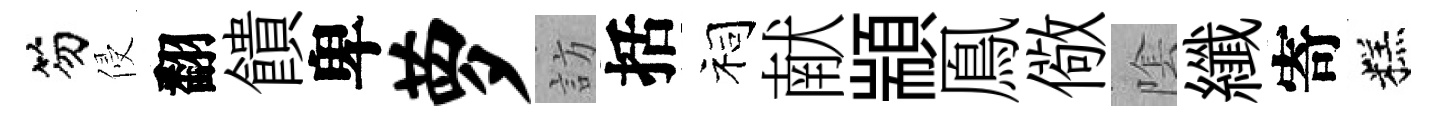
笏侵翻饋卑萝訪括祠献顓鳯儆隂纖寄糕